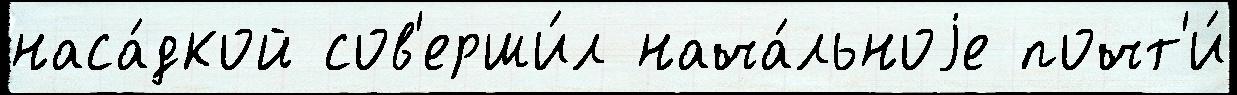
наса́дкой сов'ерши́л нача́льноjе почт'и́